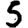
Digit: 5